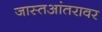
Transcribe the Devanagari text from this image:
जास्तआंतरावर